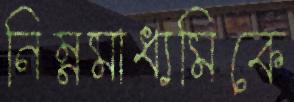
নিম্নমাধ্যমিকে